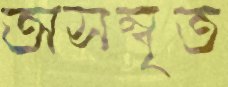
অসম্বৃত